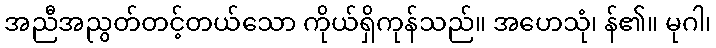
အညီအညွတ်တင့်တယ်သော ကိုယ်ရှိကုန်သည်။ အဟေသုံ၊ န်၏။ မုဂါ၊